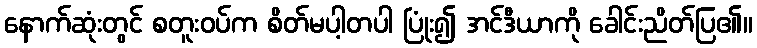
နောက်ဆုံးတွင် စတူးဝပ်က စိတ်မပါ့တပါ ပြုံး၍ အင်ဒီယာကို ခေါင်းညိတ်ပြ၏။